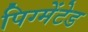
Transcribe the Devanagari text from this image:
पिग्मेंटेड